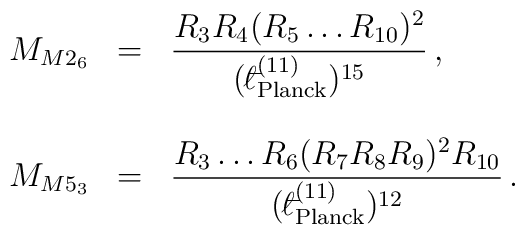
\begin{array}{rcl}M_{M2_{6}} & = & {\displaystyle\frac{R_{3}R_{4}(R_{5}\ldots R_{10})^{2}}{({}^{-}\!\!\!\!\ell_{\rm Planck}^{(11)})^{15}}}\, ,\\& & \\M_{M5_{3}} & = & {\displaystyle\frac{R_{3}\ldots R_{6}(R_{7}R_{8}R_{9})^{2}R_{10}}{({}^{-}\!\!\!\!\ell_{\rm Planck}^{(11)})^{12}}}\, .\\\end{array}